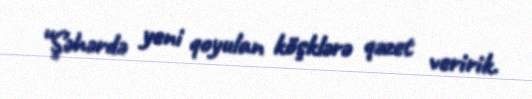
“Şəhərdə yeni qoyulan köşklərə qəzet veririk.